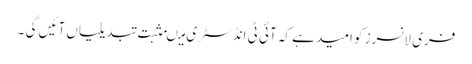
فری لانسرز کو امید ہے کہ آئی ٹی انڈسٹری میںمثبت تبدیلیاں آئیں گی ۔